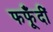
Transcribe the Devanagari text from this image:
फफूँदीं